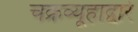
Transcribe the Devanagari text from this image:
चक्रव्यूहाद्वारे